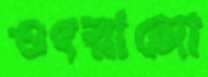
ওৎরানো